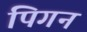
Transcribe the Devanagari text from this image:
पिगन